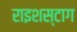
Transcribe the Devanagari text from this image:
राइशस्टाग